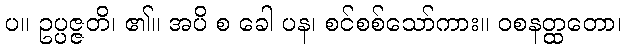
ပ။ ဥပ္ပဇ္ဇတိ၊ ၏။ အပိ စ ခေါ ပန၊ စင်စစ်သော်ကား။ ဝစနတ္ထတော၊